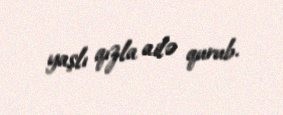
yaşlı qızla ailə qurub.